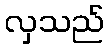
လှသည်